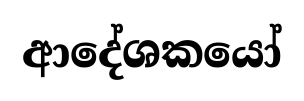
ආදේශකයෝ